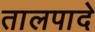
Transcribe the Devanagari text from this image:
तालपादे